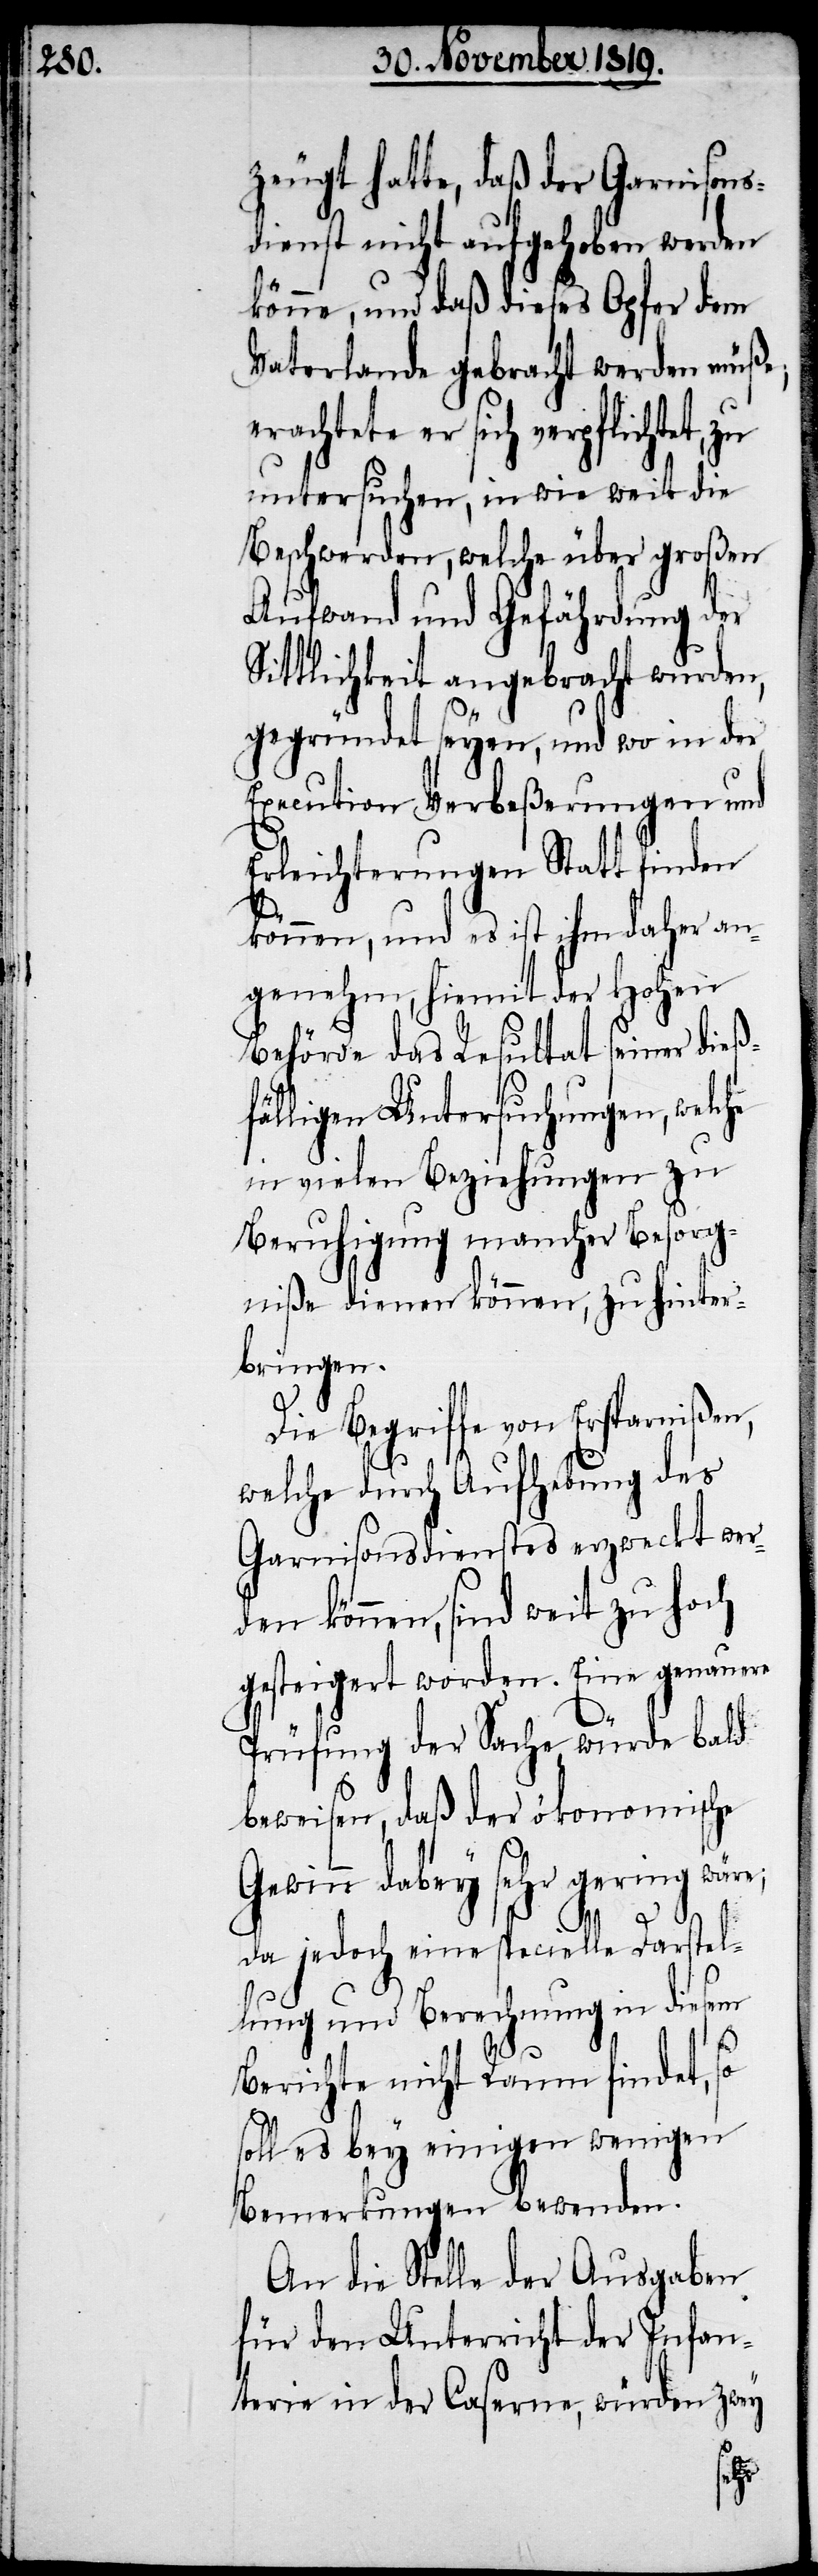
zeugt hatte, daß der Garnisons¬
dienst nicht aufgehoben werden
könne, und daß dieses Opfer dem
Vaterlande gebracht werden müße;
achtete er sich verpflichtet,
untersuchen, in wie weit die
Beschwerden, welche über großen
Aufwand und Gefährdung der
Sittlichkeit angebracht wurden,
gegründet seyen, und wo in der
Execution Verbeßerungen und
Erleichterungen Statt finden
können, und es ist ihm daher an¬
genehm, hiemit der hohen
Behörde das Resultat seiner dieß¬
fälligen Untersuchungen, welche
in vielen Beziehungen zu
Beruhigung mancher Besorg¬
niße dienen können, zu hinter¬
bringen.
Die Begriffe von Ersparnißen,
welche durch Aufhebung des
Garnisonsdienstes erzweckt wer¬
den können, sind weit zu hoch
gesteigert worden. Eine genauere
Prüfung der Sache würde bald
beweisen, daß der ökonomische
Gewinn dabey sehr gering wäre;
da jedoch eine specielle Darstel¬
lung und Berechnung in diesem
er¬
Berichte nicht Raum findet, so
soll es bey einigen wenigen
Bemerkungen bewenden.
An die Stelle der Ausgaben
für den Unterricht der Infan¬
terie in der Caserne, würden zwey